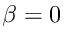
\beta = 0